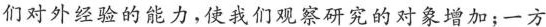
们对外经验的能力，使我们观察研究的对象增加；一方